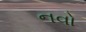
નવો